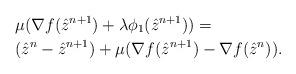
LaTeX: \begin{align*}& \mu(\nabla f(\hat{z}^{n+1}) + \lambda \phi_1(\hat{z}^{n+1})) = \\&(\hat{z}^{n} - \hat{z}^{n+1}) + \mu(\nabla f(\hat{z}^{n+1})-\nabla f(\hat{z}^{n})).\end{align*}